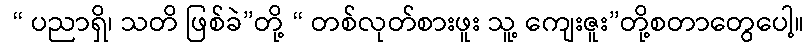
 “ ပညာရှိ၊ သတိ ဖြစ်ခဲ”တို့ “ တစ်လုတ်စားဖူး သူ့ ကျေးဇူး”တို့စတာတွေပေါ့။